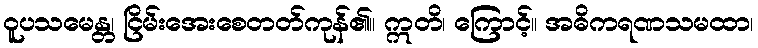
ဝူပသမေန္တ၊ ငြိမ်းအေးစေတတ်ကုန်၏။ ဣတိ၊ ကြောင့်။ အဓိကရဏသမထာ၊